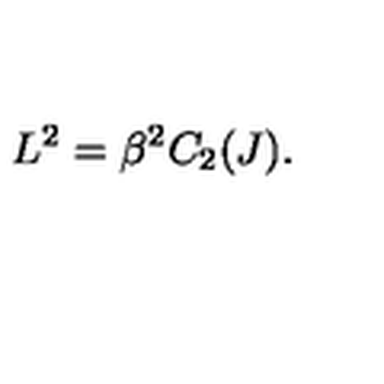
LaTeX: L ^ { 2 } = \beta ^ { 2 } C _ { 2 } ( J ) .